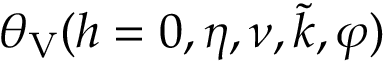
\theta _ { \mathrm { V } } ( h = 0 , \eta , \nu , \tilde { k } , \varphi )